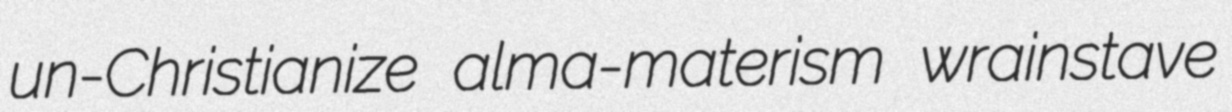
un-Christianize alma-materism wrainstave